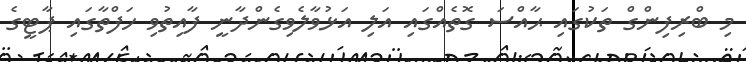
މި ބްރިފިންގް ތަކުގައި ޙާއްސަ ގޮތެއްގައި އަލި އަޅުވާލެވިގެންދާނީ ފާއިތުވި ހަފްތާގައި ޕާޓީގެ